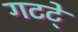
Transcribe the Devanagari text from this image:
गटटे्